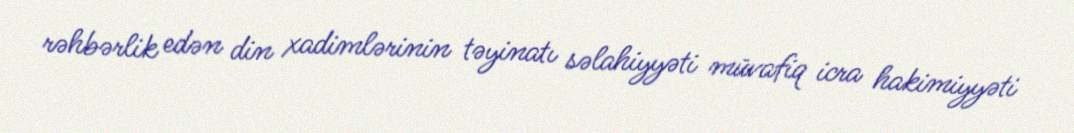
rəhbərlik edən din xadimlərinin təyinatı səlahiyyəti müvafiq icra hakimiyyəti